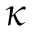
\kappa